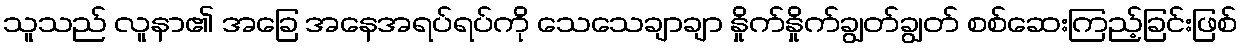
သူသည် လူနာ၏ အခြေ အနေအရပ်ရပ်ကို သေသေချာချာ နှိုက်နှိုက်ချွတ်ချွတ် စစ်ဆေးကြည့်ခြင်းဖြစ်